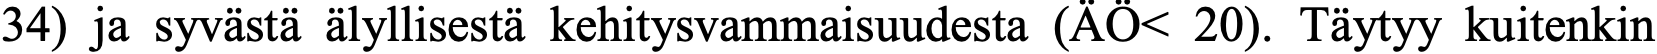
34) ja syvästä älyllisestä kehitysvammaisuudesta (ÄÖ< 20). Täytyy kuitenkin